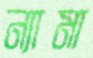
ন্যামা